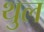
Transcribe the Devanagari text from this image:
थुल